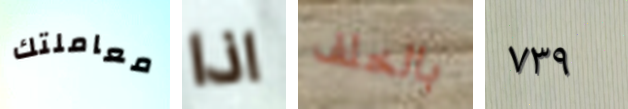
معاملتك اذا بالخلف ٧٣٩